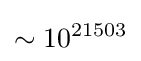
\sim 10^{21503}\,\!